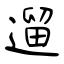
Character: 遛